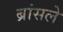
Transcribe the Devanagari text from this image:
ब्रांसले